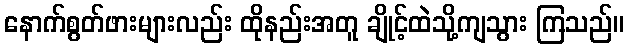
နောက်စွတ်ဖားများလည်း ထိုနည်းအတူ ချိုင့်ထဲသို့ကျသွား ကြသည်။